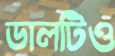
ডালটিও